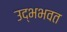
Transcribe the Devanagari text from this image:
उद्भभवत